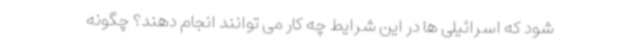
شود که اسرائیلی ها در این شرایط چه کار می توانند انجام دهند؟ چگونه